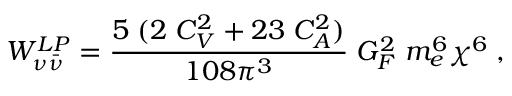
{ W } _ { \nu { \bar { \nu } } } ^ { L P } = \frac { 5 \; ( 2 \; C _ { V } ^ { 2 } + 2 3 \; C _ { A } ^ { 2 } ) } { 1 0 8 \pi ^ { 3 } } \; G _ { F } ^ { 2 } \; m _ { e } ^ { 6 } \chi ^ { 6 } \; ,